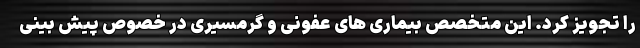
را تجویز کرد. این متخصص بیماری های عفونی و گرمسیری در خصوص پیش بینی